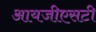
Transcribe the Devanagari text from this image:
आयजीएसटी